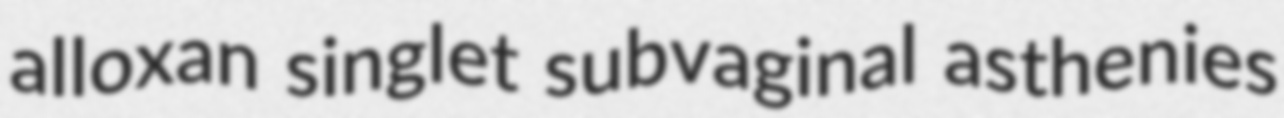
alloxan singlet subvaginal asthenies